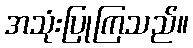
အသုံးပြုကြသည်။